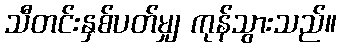
သီတင်းနှစ်ပတ်မျှ ကုန်သွားသည်။